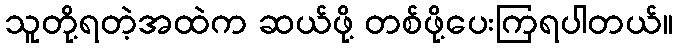
သူတို့ရတဲ့အထဲက ဆယ်ဖို့ တစ်ဖို့ပေးကြရပါတယ်။